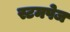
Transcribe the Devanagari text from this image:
स्टमपेज